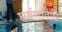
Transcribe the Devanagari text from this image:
घर्षणविधि